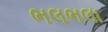
ભલભલા